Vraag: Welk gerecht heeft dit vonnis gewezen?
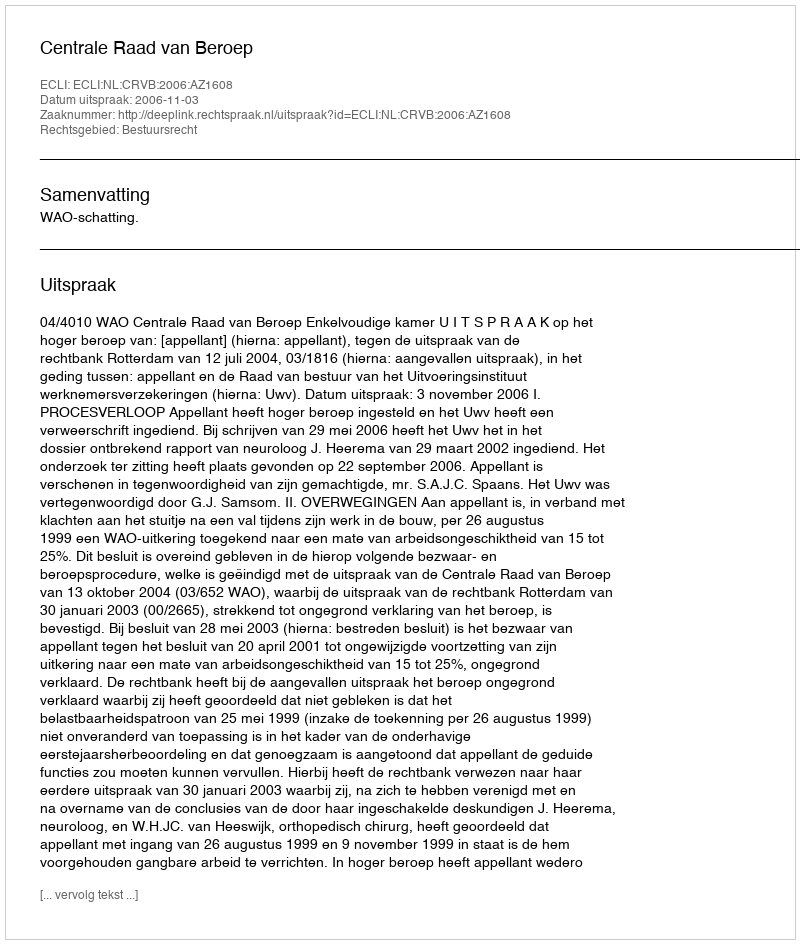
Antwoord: Centrale Raad van Beroep